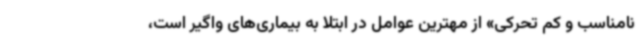
نامناسب و کم تحرکی» از مهترین عوامل در ابتلا به بیماری‌های واگیر است،